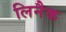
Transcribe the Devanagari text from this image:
लिनैक